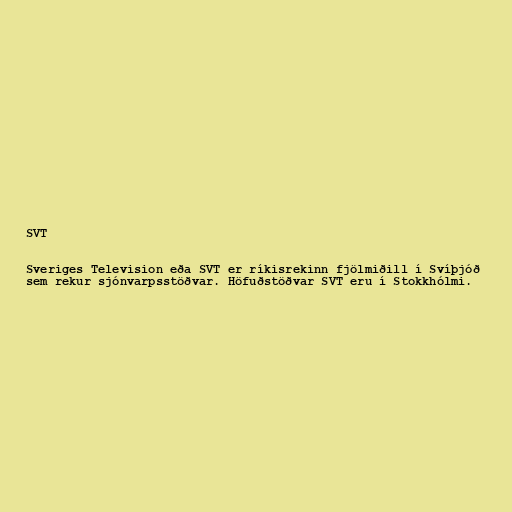
SVT

Sveriges Television eða SVT er ríkisrekinn fjölmiðill í Svíþjóð
sem rekur sjónvarpsstöðvar. Höfuðstöðvar SVT eru í Stokkhólmi.